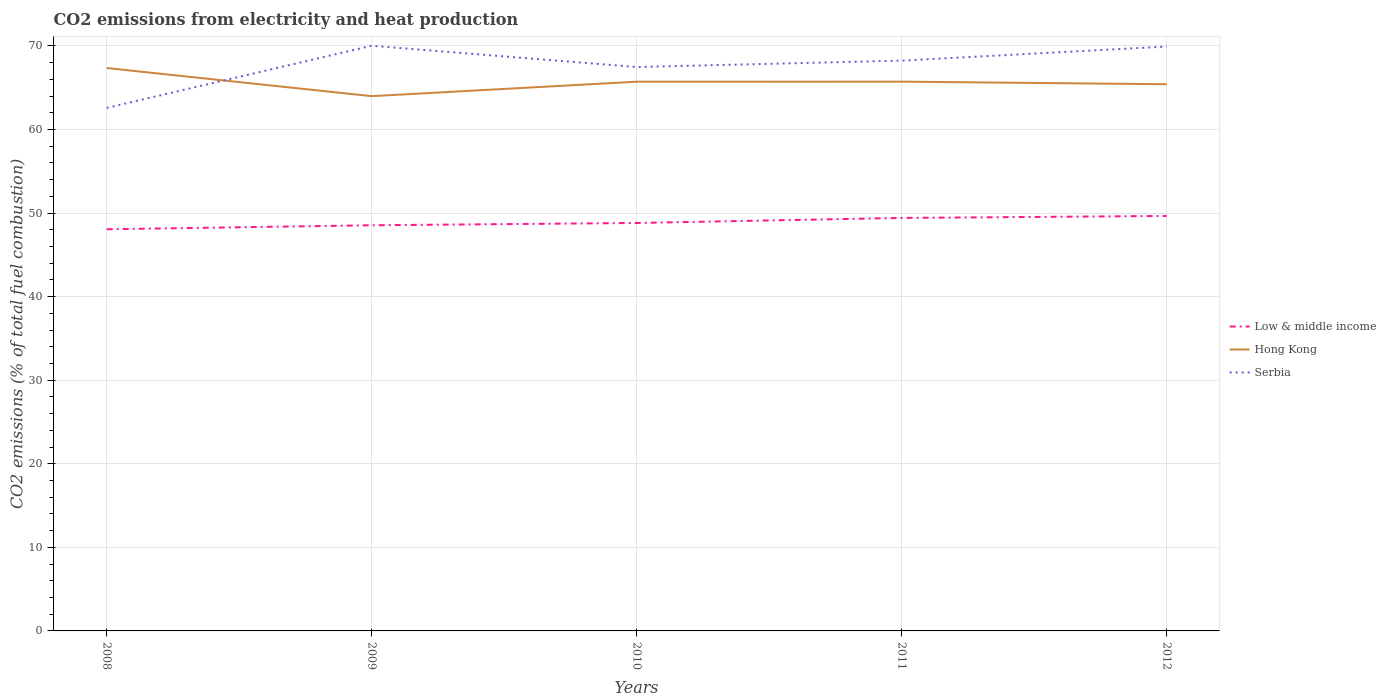
| Years | Low & middle income | Hong Kong | Serbia |
 | --- | --- | --- | --- |
 | 2008 | 48.1 | 67.4 | 62.6 |
 | 2009 | 48.5 | 64 | 70 |
 | 2010 | 48.8 | 65.7 | 67.5 |
 | 2011 | 49.4 | 65.7 | 68.2 |
 | 2012 | 49.7 | 65.4 | 69.9 |